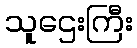
သူဌေးကြီး